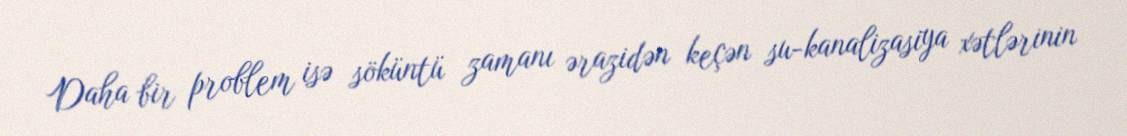
Daha bir problem isə söküntü zamanı ərazidən keçən su-kanalizasiya xətlərinin